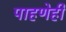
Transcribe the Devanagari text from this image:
पाहणेही